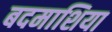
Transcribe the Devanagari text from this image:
बदमाशिया